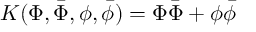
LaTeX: K ( \Phi , \bar { \Phi } , \phi , \bar { \phi } ) = \Phi \bar { \Phi } + \phi \bar { \phi }